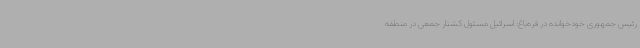
رئیس جمهوری خودخوانده در قره‌باغ: اسرائیل مسئول کشتار جمعی در منطقه